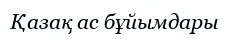
Қазақ ас бұйымдары